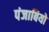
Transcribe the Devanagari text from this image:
पंजाबियो